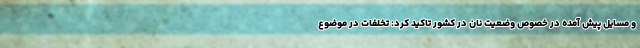
و مسایل پیش آمده در خصوص وضعیت نان در کشور تاکید کرد: تخلفات در موضوع